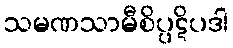
သမဏသာမီစိပ္ပဋိပဒါ